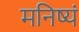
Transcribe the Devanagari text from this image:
मनिष्यं